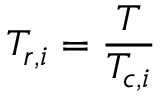
T _ { r , i } = \frac { T } { T _ { c , i } }